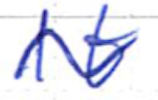
Text: It
Cross-out: mix
Writing tool: ballpoint